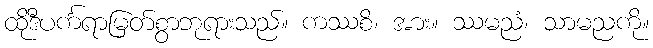
ထိုဒီပင်္ကရာမြတ်စွာဘုရားသည်။ ကဿစိ၊ အား။ ဿမညံ၊ သာမညကို။